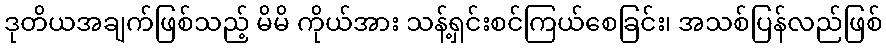
ဒုတိယအချက်ဖြစ်သည့် မိမိ ကိုယ်အား သန့်ရှင်းစင်ကြယ်စေခြင်း၊ အသစ်ပြန်လည်ဖြစ်